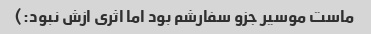
ماست موسیر جزو سفارشم بود اما اثری ازش نبود:)